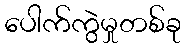
ပေါက်ကွဲမှုတစ်ခု